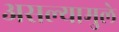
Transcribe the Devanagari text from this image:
असल्यामुले